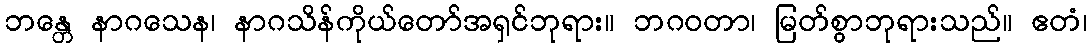
ဘန္တေ နာဂသေန၊ နာဂသိန်ကိုယ်တော်အရှင်ဘုရား။ ဘဂဝတာ၊ မြတ်စွာဘုရားသည်။ ဧတံ၊